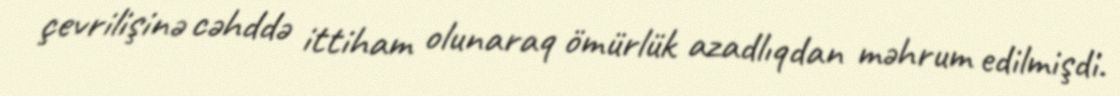
çevrilişinə cəhddə ittiham olunaraq ömürlük azadlıqdan məhrum edilmişdi.